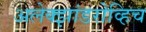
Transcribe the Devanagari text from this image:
अलेक्झांडरोव्हिच